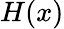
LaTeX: H(x)